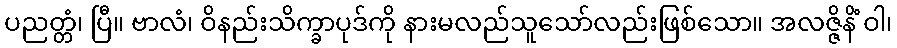
ပညတ္တံ၊ ပြီ။ ဗာလံ၊ ဝိနည်းသိက္ခာပုဒ်ကို နားမလည်သူသော်လည်းဖြစ်သော။ အလဇ္ဇိနိံ ဝါ၊